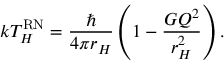
k T _ { H } ^ { \mathrm { R N } } = { \frac { \hbar } { 4 \pi r _ { H } } } \left( 1 - { \frac { G Q ^ { 2 } } { r _ { H } ^ { 2 } } } \right) .